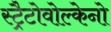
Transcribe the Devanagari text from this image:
स्ट्रैटोवोल्केनो